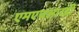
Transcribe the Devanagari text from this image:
एमएचआरडी